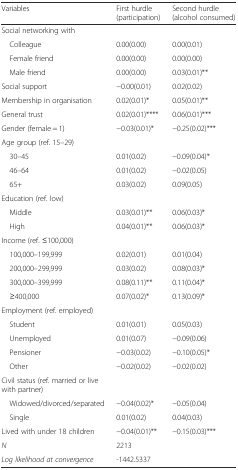
| Variables | First hurdle(participation) | Second hurdle(alcohol consumed) |
 | --- | --- | --- |
 | Social networking with |  |  |
 | Colleague | 0.00(0.00) | 0.00(0.01) |
 | Female friend | 0.00(0.00) | 0.00(0.00) |
 | Male friend | 0.00(0.00) | 0.03(0.01)** |
 | Social support | −0.00(0.01) | 0.02(0.02) |
 | Membership in organisation | 0.02(0.01)* | 0.05(0.01)** |
 | General trust | 0.02(0.01)**** | 0.06(0.01)*** |
 | Gender (female = 1) | −0.03(0.01)* | −0.25(0.02)*** |
 | Age group (ref. 15–29) |  |  |
 | 30–45 | 0.01(0.02) | −0.09(0.04)* |
 | 46–64 | 0.01(0.02) | −0.02(0.05) |
 | 65+ | 0.03(0.02) | 0.09(0.05) |
 | Education (ref. low) |  |  |
 | Middle | 0.03(0.01)** | 0.06(0.03)* |
 | High | 0.04(0.01)** | 0.06(0.03)* |
 | Income (ref. ≤100,000) |  |  |
 | 100,000–199,999 | 0.02(0.01) | 0.01(0.04) |
 | 200,000–299,999 | 0.03(0.02) | 0.08(0.03)* |
 | 300,000–399,999 | 0.08(0.11)** | 0.11(0.04)* |
 | ≥400,000 | 0.07(0.02)* | 0.13(0.09)* |
 | Employment (ref. employed) |  |  |
 | Student | 0.01(0.01) | 0.05(0.03) |
 | Unemployed | 0.01(0.07) | −0.09(0.06) |
 | Pensioner | −0.03(0.02) | −0.10(0.05)* |
 | Other | −0.02(0.02) | −0.02(0.02) |
 | Civil status (ref. married or live with partner) |  |  |
 | Widowed/divorced/separated | −0.04(0.02)* | −0.05(0.04) |
 | Single | 0.01(0.02) | 0.04(0.03) |
 | Lived with under 18 children | −0.04(0.01)** | −0.15(0.03)*** |
 | N | 2213 |  |
 | Log likelihood at convergence | -1442.5337 |  |